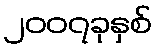
၂၀၀၇ခုနှစ်